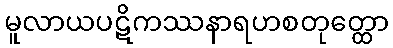
မူလာယပဋိကဿနာရဟစတုတ္ထော